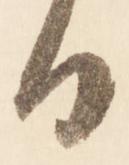
日